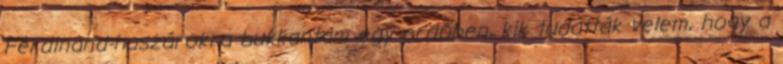
Ferdinand-huszárokra bukkantam egy erdőben, kik tudatták velem, hogy a